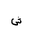
Letter: _shin